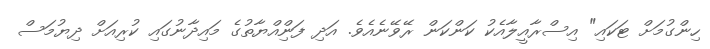
ހިންގުމަށް ޓަކައި" އިސްރާއީލާއެކު ކަންކަން ރޭވޭނެއެވެ. އަދި ފަންިއްޔާތުގެ މައިދާނުގައި ކުރިއަށް ދިޔުމަސް